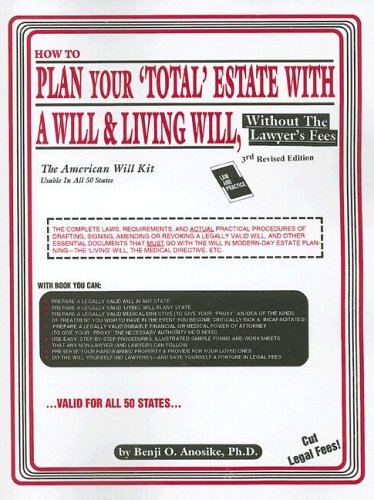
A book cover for How to Plan Your Total Estate with a Will & Living Will: Without the Lawyer's Fees; Benjamin Anosike; Law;